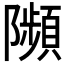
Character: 𨽗